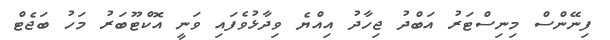
ފިނޭންސް މިނިސްޓަރު އަބްދު ޖިހާދު އިއްޔެ ވިދާޅުވެފައި ވަނީ އޮކްޓޫބަރު މަހު ބަޖެޓް